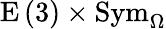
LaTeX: \mathrm{E}\left(3\right)\times\mathrm{Sym}_{\Omega}